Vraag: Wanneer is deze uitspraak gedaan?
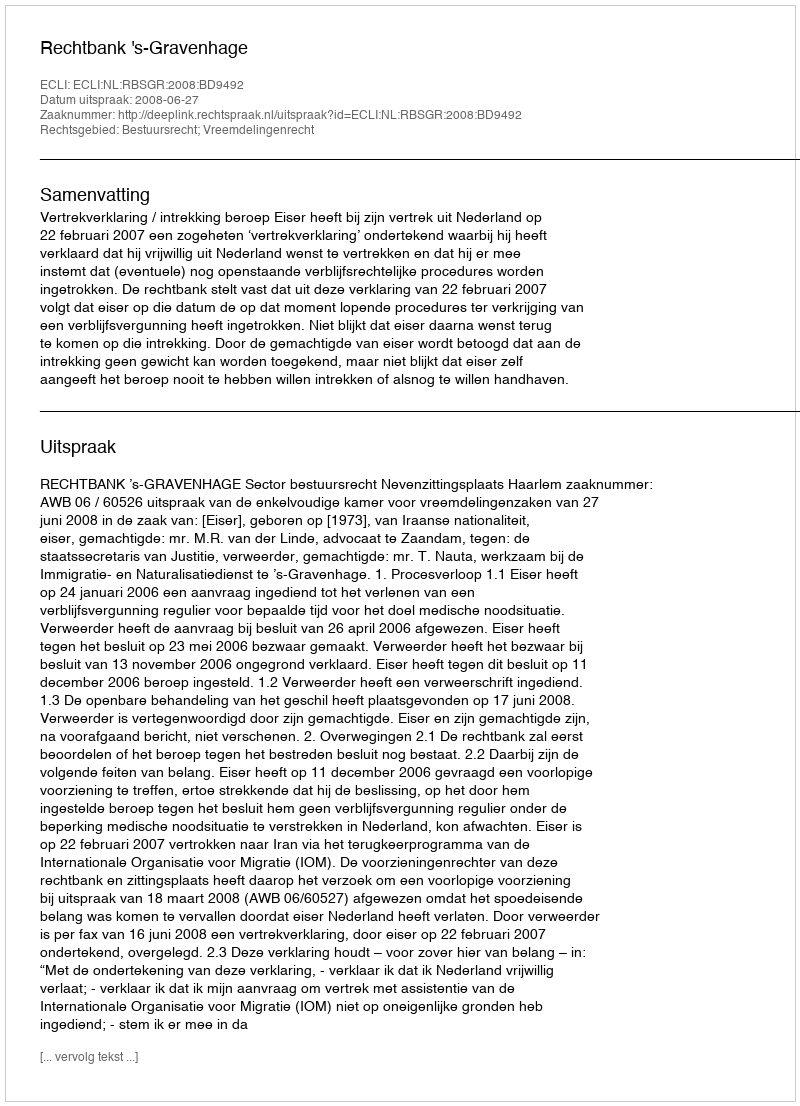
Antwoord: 2008-06-27